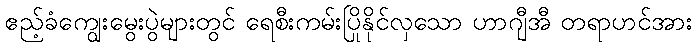
ဧည့်ခံကျွေးမွေးပွဲများတွင် ရေစီးကမ်းပြိုနိုင်လှသော ဟာဂျီအီ တရာဟင်အား